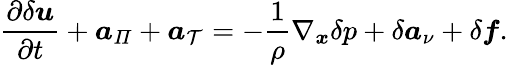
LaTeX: \frac{\partial\delta\boldsymbol{u}}{\partial t}+\boldsymbol{a}_{\mathit{\Pi}}+\boldsymbol{a}_{\mathcal{T}}=-\frac{1}{\rho}\nabla_{\boldsymbol{x}}\delta p+\delta\boldsymbol{a}_{\nu}+\delta\boldsymbol{f}.